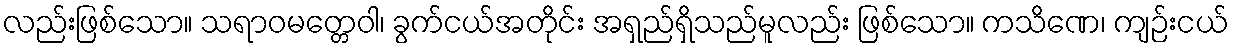
လည်းဖြစ်သော။ သရာဝမတ္တေဝါ၊ ခွက်ငယ်အတိုင်း အရှည်ရှိသည်မူလည်း ဖြစ်သော။ ကသိဏေ၊ ကျဉ်းငယ်